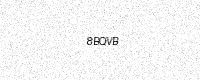
Text: 8BQVB